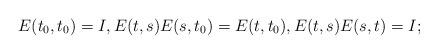
LaTeX: \begin{align*}E(t_0,t_0)=I, E(t,s)E(s,t_0)=E(t,t_0), E(t,s)E(s,t)=I;\end{align*}